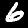
Label: 6